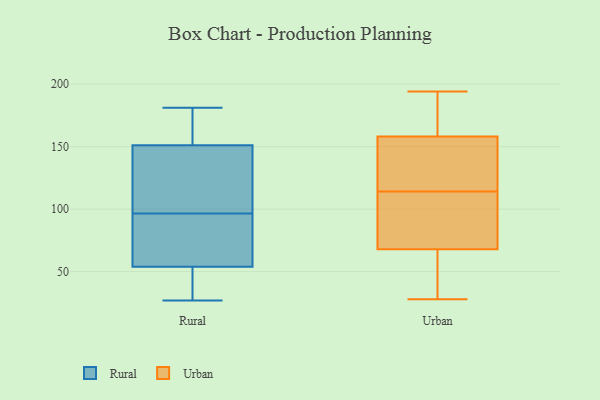
{"axis": {"x": "Market Share (%)", "y": "Value"}, "legend": ["Rural", "Urban"], "data": [{"x": "", "y": 93, "type": "Rural"}, {"x": "", "y": 42, "type": "Rural"}, {"x": "", "y": 100, "type": "Rural"}, {"x": "", "y": 181, "type": "Rural"}, {"x": "", "y": 36, "type": "Rural"}, {"x": "", "y": 125, "type": "Rural"}, {"x": "", "y": 27, "type": "Rural"}, {"x": "", "y": 141, "type": "Rural"}, {"x": "", "y": 91, "type": "Rural"}, {"x": "", "y": 66, "type": "Rural"}, {"x": "", "y": 163, "type": "Rural"}, {"x": "", "y": 142, "type": "Rural"}, {"x": "", "y": 173, "type": "Rural"}, {"x": "", "y": 66, "type": "Rural"}, {"x": "", "y": 32, "type": "Rural"}, {"x": "", "y": 160, "type": "Rural"}, {"x": "", "y": 68, "type": "Urban"}, {"x": "", "y": 128, "type": "Urban"}, {"x": "", "y": 171, "type": "Urban"}, {"x": "", "y": 164, "type": "Urban"}, {"x": "", "y": 28, "type": "Urban"}, {"x": "", "y": 158, "type": "Urban"}, {"x": "", "y": 184, "type": "Urban"}, {"x": "", "y": 110, "type": "Urban"}, {"x": "", "y": 71, "type": "Urban"}, {"x": "", "y": 147, "type": "Urban"}, {"x": "", "y": 85, "type": "Urban"}, {"x": "", "y": 141, "type": "Urban"}, {"x": "", "y": 59, "type": "Urban"}, {"x": "", "y": 71, "type": "Urban"}, {"x": "", "y": 56, "type": "Urban"}, {"x": "", "y": 57, "type": "Urban"}, {"x": "", "y": 118, "type": "Urban"}, {"x": "", "y": 194, "type": "Urban"}]}